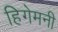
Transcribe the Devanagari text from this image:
हिगेमनी